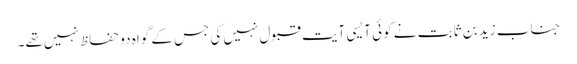
جناب زید بن ثابت نے کوئی آیسی آیت قبول نہیں‌کی جس کے گواہ دو حفاظ نہیں‌تھے۔